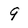
Character: 9